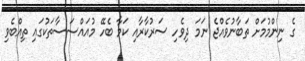
ގެ ނިންމުމަށް ތަބާނުވެއްޖެ ނަމަ ދިވެހި ސަރުކާރާއި ކަމާ ބެހޭ މުއައްސަސާތަކުގައި ތިއްބެވި